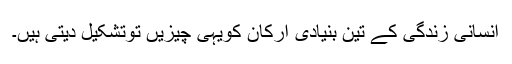
اِنسانی زندگی کے تین بنیادی ارکان کویہی چیزیں توتشکیل دیتی ہیں۔